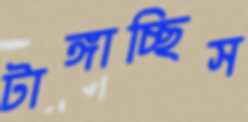
টাঙ্গাচ্ছিস